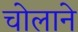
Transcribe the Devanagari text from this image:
चोलाने